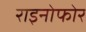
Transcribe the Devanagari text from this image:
राइनोफोर